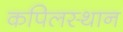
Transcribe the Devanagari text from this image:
कपिलस्थान